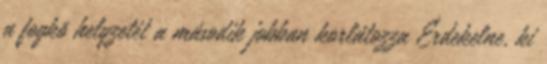
a fogkõ helyzetét a második jobban korlátozza Érdekelne, ki